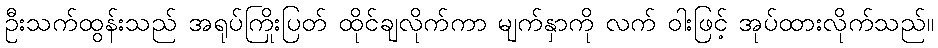
ဦးသက်ထွန်းသည် အရုပ်ကြိုးပြတ် ထိုင်ချလိုက်ကာ မျက်နှာကို လက် ဝါးဖြင့် အုပ်ထားလိုက်သည်။